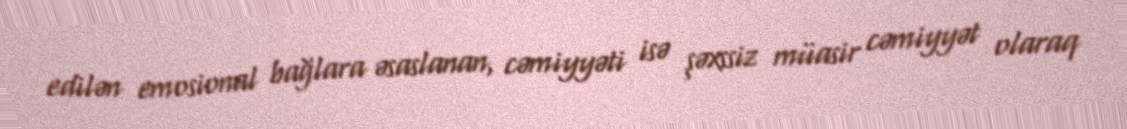
edilən emosional bağlara əsaslanan, cəmiyyəti isə şəxssiz müasir cəmiyyət olaraq